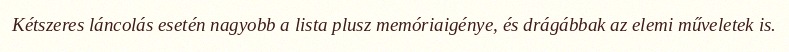
Kétszeres láncolás esetén nagyobb a lista plusz memóriaigénye, és drágábbak az elemi műveletek is.